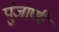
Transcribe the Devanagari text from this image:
पुंजाणी